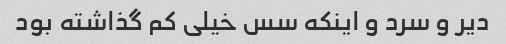
دیر و سرد و اینکه سس خیلی کم گذاشته بود